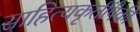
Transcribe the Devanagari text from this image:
साहित्यकृतींपैकी